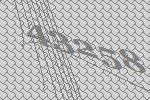
43258